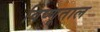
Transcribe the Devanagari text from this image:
विष्णूताल